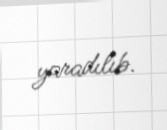
yaradılıb.